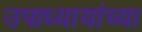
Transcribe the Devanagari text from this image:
उपाध्यायांच्या